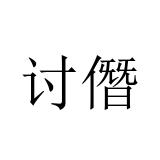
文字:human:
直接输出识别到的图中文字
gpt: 讨僭